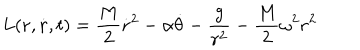
LaTeX: L ( { \bf r } , \dot { \bf r } , t ) = \frac { M } { 2 } \dot { \bf r } ^ { 2 } - \alpha \dot { \theta } - \frac { g } { r ^ { 2 } } - \frac { M } { 2 } \omega ^ { 2 } { \bf r } ^ { 2 }